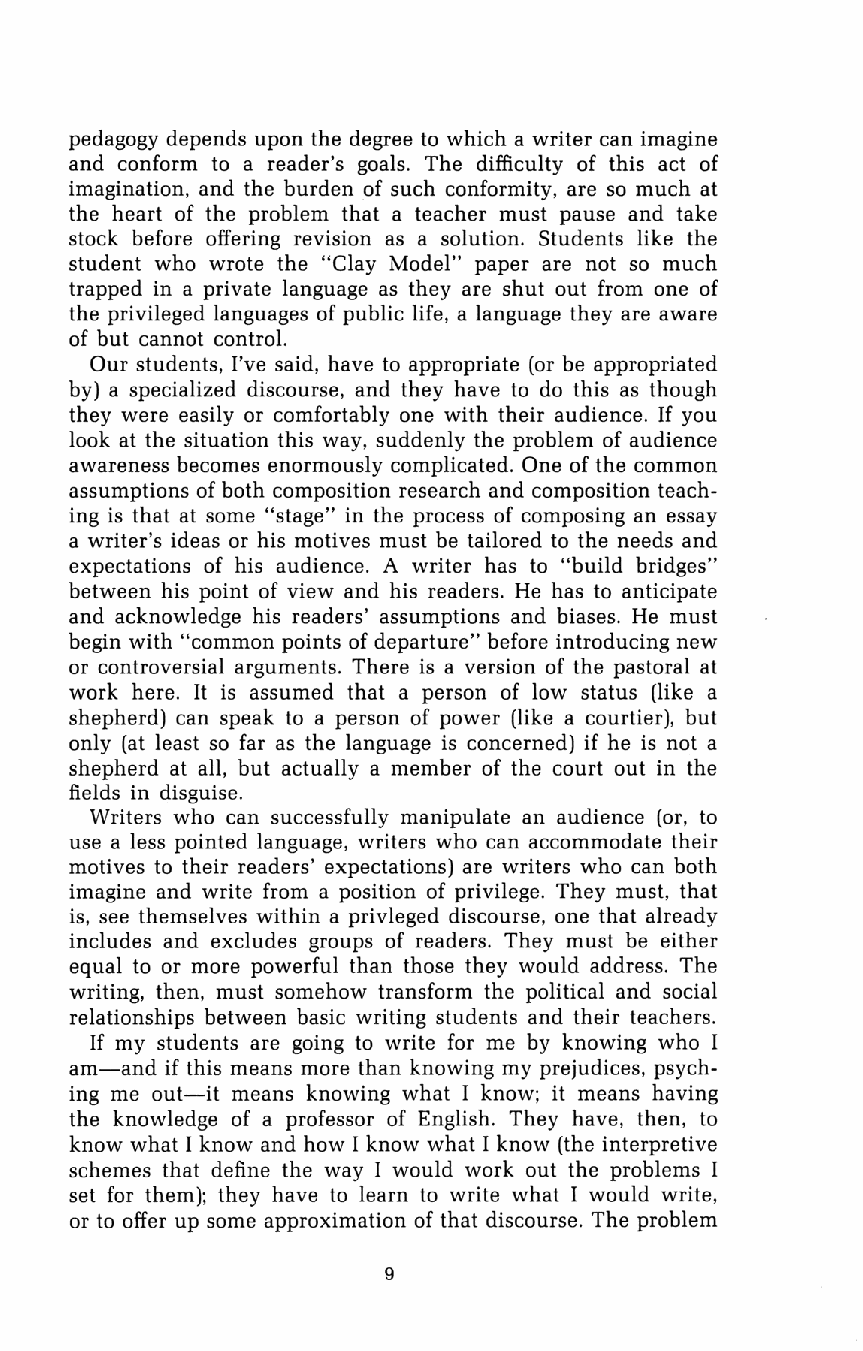
pedagogy depends upon the degree to which a writer can imagine
 and conform to a reader's goals. The difficulty of this act of
 imagination, and the burden of such conformity, are so much at
 the heart of the problem that a teacher must pause and take
 stock before offering revision as a solution. Students like the
 student who wrote the "Clay Model" paper are not so much
 trapped in a private language as they are shut out from one of
 the privileged languages of public life, a language they are aware
 of but cannot control.
 Our students, I've said, have to appropriate (or be appropriated
 by) a specialized discourse, and they have to do this as though
 they were easily or comfortably one with their audience. If you
 look at the situation this way, suddenly the problem of audience
 awareness becomes enormously complicated. One of the common
 assumptions of both composition research and composition teach
 ing is that at some "stage" in the process of composing an essay
 a writer's ideas or his motives must be tailored to the needs and
 expectations of his audience. A writer has to "build bridges"
 between his point of view and his readers. He has to anticipate
 and acknowledge his readers' assumptions and biases. He must
 begin with "common points of departure" before introducing new
 or controversial arguments. There is a version of the pastoral at
 work here. It is assumed that a person of low status (like a
 shepherd) can speak to a person of power (like a courtier), but
 only (at least so far as the language is concerned) if he is not a
 shepherd at all, but actually a member of the court out in the
 fields in disguise.
 Writers who can successfully manipulate an audience (or, to
 use a less pointed language, writers who can accommodate their
 motives to their readers' expectations) are writers who can both
 imagine and write from a position of privilege. They must, that
 is, see themselves within a privleged discourse, one that already
 includes and excludes groups of readers. They must be either
 equal to or more powerful than those they would address. The
 writing, then, must somehow transform the political and social
 relationships between basic writing students and their teachers.
 If my students are going to write for me by knowing who I
 am-and if this means more than knowing my prejudices, psych
 ing me out-it means knowing what I know; it means having
 the knowledge of a professor of English. They have, then, to
 know what I know and how I know what I know (the interpretive
 schemes that define the way I would work out the problems I
 set for them); they have to learn to write what I would write,
 or to offer up some approximation of that discourse. The problem
 9